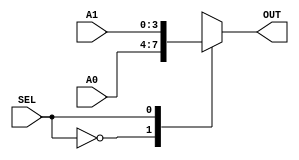
`timescale 1ns / 1ps
//////////////////////////////////////////////////////////////////////////////////
// Company: 
// Engineer: 
// 
// Design Name: 
// Module Name:    MUX2x14bits 
// Project Name: 
// Target Devices: 
// Tool versions: 
// Description: 
//
// Dependencies: 
//
// Revision: 
// Revision 0.01 - File Created
// Additional Comments: 
//
//////////////////////////////////////////////////////////////////////////////////
module MUX2x14bits(A0,A1,SEL,OUT);
	input [3:0] A0,A1;
	input SEL;
	output reg [3:0] OUT;
	
	always @(A0 or A1 or SEL)
		case (SEL)
			1'b0: OUT=A0;
			1'b1: OUT=A1;
		endcase


endmodule